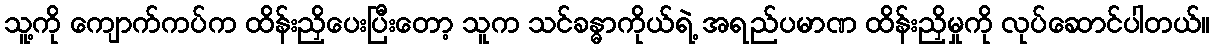
သူ့ကို ကျောက်ကပ်က ထိန်းညှိပေးပြီးတော့ သူက သင်ခန္ဓာကိုယ်ရဲ့ အရည်ပမာဏ ထိန်းညှိမှုကို လုပ်ဆောင်ပါတယ်။